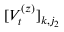
[ V _ { t } ^ { ( z ) } ] _ { k , j _ { 2 } }